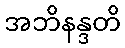
အဘိနန္ဒတိ